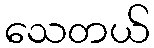
သေတယ်